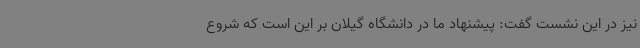
نیز در این نشست گفت: پیشنهاد ما در دانشگاه گیلان بر این است که شروع